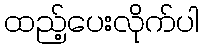
ထည့်ပေးလိုက်ပါ